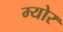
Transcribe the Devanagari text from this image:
म्‍योर